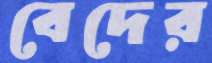
বেদের